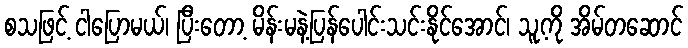
စသဖြင့် ငါပြောမယ်၊ ပြီးတော့ မိန်းမနဲ့ပြန်ပေါင်းသင်းနိုင်အောင်၊ သူ့ကို အိမ်တဆောင်